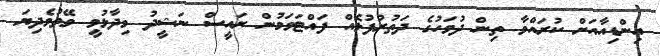
އިންޑިއާއަށް ކުރައްވާ ތިން ދުވަހުގެ ދަތުރުފުޅެއް ފައްޓަވަމުން ރައީސް ނަޝީދު ވިދާޅުވީ ވޭތުވެދިޔަ